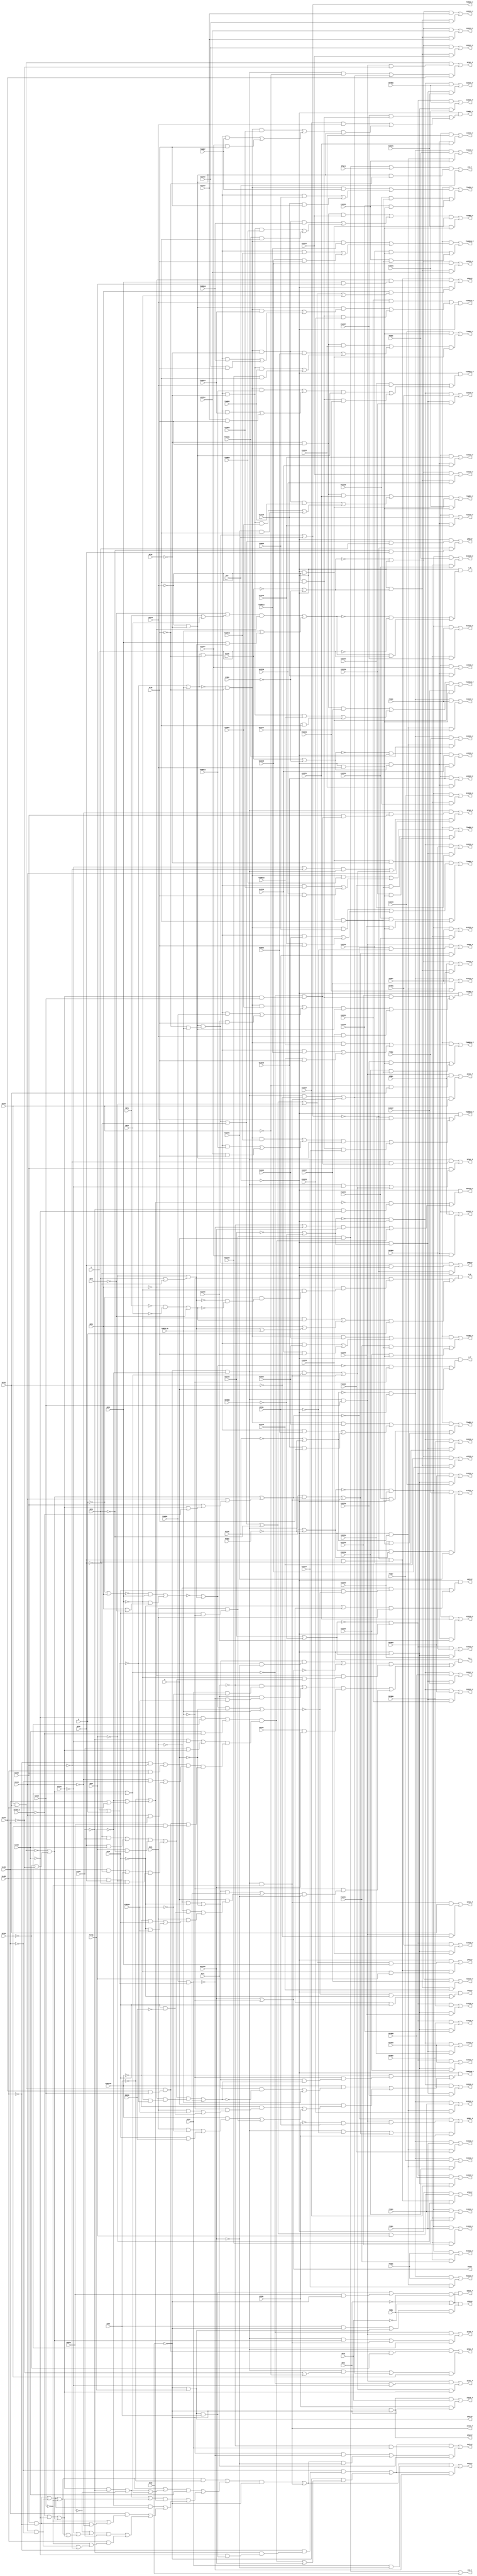
// IWLS benchmark module "apex6" printed on Wed May 29 16:03:29 2002
module apex6(PSRW, VFIN, PFIN, INFIN, VYBB0, VYBB1, VZZZE, PYBB0, PYBB1, PYBB2, PYBB3, PYBB4, PYBB5, PYBB6, PYBB7, PYBB8, PZZZE, INYBB0, INYBB1, INYBB2, INYBB3, INYBB4, INYBB5, INYBB6, INYBB7, INYBB8, INZZZE, MMERR, ESRSUM, CBT0, CBT1, CBT2, SLAD0, SLAD1, SLAD2, SLAD3, PSYNC, RPTEN, ICLR, STW_N, P1ZZZ0, P1ZZZ1, P1ZZZ2, P1ZZZ3, P1ZZZ4, P1ZZZ5, P1ZZZ6, P1ZZZ7, P2ZZZ0, P2ZZZ1, P2ZZZ2, P2ZZZ3, P2ZZZ4, P2ZZZ5, P2ZZZ6, P2ZZZ7, I1ZZZ0, I1ZZZ1, I1ZZZ2, I1ZZZ3, I1ZZZ4, I1ZZZ5, I1ZZZ6, I1ZZZ7, I2ZZZ0, I2ZZZ1, I2ZZZ2, I2ZZZ3, I2ZZZ4, I2ZZZ5, I2ZZZ6, I2ZZZ7, TXMESS_N, RYZ, COMPPAR, RPTWIN, XZFR0, XZFR1, XZFS, RXZ0, RXZ1, OFS2, OFS1, A, B, C, QPR0, QPR1, QPR2, QPR3, QPR4, AXZ0, AXZ1, V1ZZZ0, V1ZZZ1, V1ZZZ2, V1ZZZ3, V1ZZZ4, V1ZZZ5, V1ZZZ6, V1ZZZ7, V2ZZZ0, V2ZZZ1, V2ZZZ2, V2ZZZ3, V2ZZZ4, V2ZZZ5, V2ZZZ6, V2ZZZ7, TXWRD0, TXWRD1, TXWRD2, TXWRD3, TXWRD4, TXWRD5, TXWRD6, TXWRD7, TXWRD8, TXWRD9, TXWRD10, TXWRD11, TXWRD12, TXWRD13, TXWRD14, TXWRD15, XZ320, XZ321, XZ322, XZ323, XZ324, XZ160_N, XZ161, XZ162, XZ163, ENWIN, SBUFF, STW_F, TD_P, FSESR_P, P1ZZZ0_P, P1ZZZ1_P, P1ZZZ2_P, P1ZZZ3_P, P1ZZZ4_P, P1ZZZ5_P, P1ZZZ6_P, P1ZZZ7_P, P2ZZZ0_P, P2ZZZ1_P, P2ZZZ2_P, P2ZZZ3_P, P2ZZZ4_P, P2ZZZ5_P, P2ZZZ6_P, P2ZZZ7_P, I1ZZZ0_P, I1ZZZ1_P, I1ZZZ2_P, I1ZZZ3_P, I1ZZZ4_P, I1ZZZ5_P, I1ZZZ6_P, I1ZZZ7_P, I2ZZZ0_P, I2ZZZ1_P, I2ZZZ2_P, I2ZZZ3_P, I2ZZZ4_P, I2ZZZ5_P, I2ZZZ6_P, I2ZZZ7_P, TXMESS_F, RYZ_P, COMPPAR_P, RPTWIN_P, XZFR0_P, XZFR1_P, XZFS_P, RXZ0_P, RXZ1_P, OFS2_P, OFS1_P, A_P, B_P, C_P, QPR0_P, QPR1_P, QPR2_P, QPR3_P, QPR4_P, AXZ0_P, AXZ1_P, V1ZZZ0_P, V1ZZZ1_P, V1ZZZ2_P, V1ZZZ3_P, V1ZZZ4_P, V1ZZZ5_P, V1ZZZ6_P, V1ZZZ7_P, V2ZZZ0_P, V2ZZZ1_P, V2ZZZ2_P, V2ZZZ3_P, V2ZZZ4_P, V2ZZZ5_P, V2ZZZ6_P, V2ZZZ7_P, TXWRD0_P, TXWRD1_P, TXWRD2_P, TXWRD3_P, TXWRD4_P, TXWRD5_P, TXWRD6_P, TXWRD7_P, TXWRD8_P, TXWRD9_P, TXWRD10_P, TXWRD11_P, TXWRD12_P, TXWRD13_P, TXWRD14_P, TXWRD15_P, XZ320_P, XZ321_P, XZ322_P, XZ323_P, XZ324_P, XZ160_F, XZ161_P, XZ162_P, XZ163_P, ENWIN_P);
input
  A,
  B,
  C,
  STW_N,
  QPR0,
  QPR1,
  QPR2,
  QPR3,
  QPR4,
  ENWIN,
  INZZZE,
  XZFR0,
  XZFR1,
  VZZZE,
  RXZ0,
  RXZ1,
  INFIN,
  V2ZZZ0,
  V2ZZZ1,
  V2ZZZ2,
  V2ZZZ3,
  V2ZZZ4,
  V2ZZZ5,
  V2ZZZ6,
  V2ZZZ7,
  XZ161,
  XZ162,
  XZ163,
  I2ZZZ0,
  I2ZZZ1,
  I2ZZZ2,
  I2ZZZ3,
  I2ZZZ4,
  I2ZZZ5,
  I2ZZZ6,
  XZ160_N,
  I2ZZZ7,
  TXMESS_N,
  PZZZE,
  RYZ,
  AXZ0,
  AXZ1,
  COMPPAR,
  MMERR,
  V1ZZZ0,
  PSRW,
  V1ZZZ1,
  V1ZZZ2,
  V1ZZZ3,
  V1ZZZ4,
  V1ZZZ5,
  V1ZZZ6,
  V1ZZZ7,
  I1ZZZ0,
  I1ZZZ1,
  I1ZZZ2,
  I1ZZZ3,
  I1ZZZ4,
  I1ZZZ5,
  I1ZZZ6,
  I1ZZZ7,
  RPTEN,
  XZ320,
  XZ321,
  XZ322,
  XZ323,
  XZ324,
  CBT0,
  CBT1,
  CBT2,
  ESRSUM,
  SLAD0,
  SLAD1,
  SLAD2,
  SLAD3,
  XZFS,
  RPTWIN,
  PFIN,
  PSYNC,
  OFS1,
  OFS2,
  P2ZZZ0,
  P2ZZZ1,
  P2ZZZ2,
  P2ZZZ3,
  P2ZZZ4,
  TXWRD0,
  P2ZZZ5,
  TXWRD1,
  P2ZZZ6,
  TXWRD2,
  P2ZZZ7,
  TXWRD3,
  TXWRD4,
  TXWRD5,
  TXWRD6,
  TXWRD7,
  TXWRD8,
  TXWRD9,
  INYBB0,
  INYBB1,
  INYBB2,
  INYBB3,
  INYBB4,
  INYBB5,
  INYBB6,
  INYBB7,
  INYBB8,
  VYBB0,
  VYBB1,
  TXWRD10,
  TXWRD11,
  TXWRD12,
  TXWRD13,
  TXWRD14,
  TXWRD15,
  PYBB0,
  PYBB1,
  PYBB2,
  PYBB3,
  PYBB4,
  PYBB5,
  PYBB6,
  PYBB7,
  PYBB8,
  ICLR,
  P1ZZZ0,
  P1ZZZ1,
  P1ZZZ2,
  P1ZZZ3,
  P1ZZZ4,
  P1ZZZ5,
  P1ZZZ6,
  P1ZZZ7,
  VFIN;
output
  V2ZZZ2_P,
  QPR3_P,
  XZ323_P,
  P1ZZZ4_P,
  I1ZZZ3_P,
  TXWRD5_P,
  STW_F,
  TXWRD13_P,
  V1ZZZ4_P,
  P2ZZZ1_P,
  I2ZZZ2_P,
  TXWRD0_P,
  A_P,
  V2ZZZ1_P,
  TXWRD8_P,
  QPR4_P,
  XZ324_P,
  P1ZZZ3_P,
  I1ZZZ4_P,
  V1ZZZ3_P,
  COMPPAR_P,
  XZFS_P,
  P2ZZZ4_P,
  I2ZZZ3_P,
  XZ160_F,
  B_P,
  TXMESS_F,
  TXWRD7_P,
  P1ZZZ6_P,
  V2ZZZ4_P,
  I1ZZZ5_P,
  TXWRD15_P,
  V1ZZZ6_P,
  XZ161_P,
  RPTWIN_P,
  P2ZZZ3_P,
  AXZ0_P,
  I2ZZZ4_P,
  TXWRD2_P,
  C_P,
  P1ZZZ5_P,
  V2ZZZ3_P,
  I1ZZZ6_P,
  FSESR_P,
  V1ZZZ5_P,
  XZ162_P,
  TXWRD10_P,
  P1ZZZ0_P,
  OFS1_P,
  P2ZZZ6_P,
  AXZ1_P,
  I2ZZZ5_P,
  TXWRD1_P,
  I1ZZZ7_P,
  TXWRD9_P,
  ENWIN_P,
  V1ZZZ0_P,
  V2ZZZ6_P,
  XZ163_P,
  OFS2_P,
  P2ZZZ5_P,
  I1ZZZ0_P,
  I2ZZZ6_P,
  QPR0_P,
  XZ320_P,
  P1ZZZ7_P,
  TXWRD4_P,
  RXZ0_P,
  V2ZZZ5_P,
  SBUFF,
  V1ZZZ7_P,
  P2ZZZ0_P,
  TXWRD12_P,
  I2ZZZ7_P,
  P1ZZZ2_P,
  V2ZZZ0_P,
  I1ZZZ1_P,
  QPR1_P,
  XZ321_P,
  TXWRD3_P,
  RXZ1_P,
  V1ZZZ2_P,
  XZFR0_P,
  TD_P,
  I2ZZZ0_P,
  P2ZZZ7_P,
  TXWRD11_P,
  P1ZZZ1_P,
  I1ZZZ2_P,
  RYZ_P,
  QPR2_P,
  XZ322_P,
  V2ZZZ7_P,
  TXWRD6_P,
  V1ZZZ1_P,
  XZFR1_P,
  TXWRD14_P,
  P2ZZZ2_P,
  I2ZZZ1_P;
wire
  \[60] ,
  MIS16871,
  MIS16873,
  MIS16879,
  \[61] ,
  \[62] ,
  MIS16891,
  MIS16893,
  MIS16895,
  \[63] ,
  \[64] ,
  \[65] ,
  \[66] ,
  \[67] ,
  MIS16701,
  MIS16706,
  \[68] ,
  MIS11154,
  \[69] ,
  MIS16722,
  MIS16724,
  MIS16726,
  MIS16728,
  MIS16710,
  MIS16712,
  MIS16716,
  MIS16719,
  MIS16740,
  MIS16742,
  MIS16746,
  MIS16748,
  \[0] ,
  MIS16730,
  MIS16732,
  MIS16734,
  MIS16736,
  \[1] ,
  MIS16760,
  MIS16762,
  MIS16765,
  MIS16767,
  \[2] ,
  MIS16750,
  MIS8768,
  MIS16752,
  MIS16754,
  MIS16758,
  \[3] ,
  MIS8027,
  MIS16780,
  MIS16786,
  MIS16788,
  \[4] ,
  \[70] ,
  MIS16778,
  \[5] ,
  \[71] ,
  \[6] ,
  \[72] ,
  MIS16790,
  MIS16792,
  \[7] ,
  \[73] ,
  \[8] ,
  \[74] ,
  \[9] ,
  \[75] ,
  \[76] ,
  \[77] ,
  \[78] ,
  \[79] ,
  MIS12425,
  \[80] ,
  \[81] ,
  MIS9061,
  \[82] ,
  \[83] ,
  MIS15964,
  \[84] ,
  MIS9071,
  \[85] ,
  \[86] ,
  \[87] ,
  \[88] ,
  \[89] ,
  \[10] ,
  \[11] ,
  \[12] ,
  \[13] ,
  \[90] ,
  \[14] ,
  \[91] ,
  \[15] ,
  \[92] ,
  \[16] ,
  \[93] ,
  \[17] ,
  \[94] ,
  MIS9174,
  \[18] ,
  \[95] ,
  \[19] ,
  \[96] ,
  \[97] ,
  \[98] ,
  \[20] ,
  MIS15328,
  \[21] ,
  \[22] ,
  \[23] ,
  MIS15339,
  \[24] ,
  \[25] ,
  MIS9255,
  \[26] ,
  \[27] ,
  \[28] ,
  \[29] ,
  MIS11546,
  MIS11547,
  MIS11548,
  MIS11549,
  MIS11560,
  MIS11562,
  MIS11565,
  MIS11550,
  MIS11556,
  MIS11581,
  MIS11582,
  MIS11583,
  MIS11584,
  MIS11585,
  MIS11586,
  MIS11587,
  MIS11588,
  MIS11589,
  \[30] ,
  MIS11578,
  \[31] ,
  MIS7401,
  \[32] ,
  MIS11590,
  MIS11591,
  MIS11592,
  MIS11593,
  MIS11594,
  \[33] ,
  \[34] ,
  \[35] ,
  \[36] ,
  \[37] ,
  MIS16602,
  MIS16604,
  MIS16606,
  MIS16609,
  MIS15650,
  \[38] ,
  \[39] ,
  MIS16620,
  MIS16623,
  MIS16625,
  MIS16627,
  MIS16629,
  MIS16611,
  MIS16613,
  MIS16615,
  MIS16618,
  MIS16646,
  MIS16631,
  MIS16633,
  MIS16665,
  MIS16657,
  \[40] ,
  MIS16670,
  MIS16673,
  MIS16675,
  \[41] ,
  \[42] ,
  MIS16690,
  \[43] ,
  \[44] ,
  \[45] ,
  \[46] ,
  \[47] ,
  MIS7564,
  \[48] ,
  \[49] ,
  MIS16541,
  MIS16544,
  MIS16546,
  MIS16548,
  MIS16565,
  MIS16569,
  MIS16553,
  MIS16555,
  MIS16581,
  MIS16583,
  MIS16585,
  MIS16588,
  \[50] ,
  MIS16572,
  MIS16577,
  MIS16579,
  \[51] ,
  \[52] ,
  MIS16591,
  MIS16593,
  MIS16596,
  MIS16598,
  \[53] ,
  MIS15062,
  MIS8641,
  MIS15065,
  \[54] ,
  MIS15843,
  \[55] ,
  MIS15847,
  MIS15848,
  MIS15080,
  MIS15081,
  MIS15083,
  \[56] ,
  MIS16023,
  MIS16027,
  \[57] ,
  \[58] ,
  MIS15854,
  MIS15855,
  \[59] ,
  MIS10125,
  MIS16864,
  MIS16866,
  MIS16858,
  MIS16883,
  MIS16885,
  MIS10130,
  MIS16887,
  MIS16889;
assign
  \[60]  = (MIS11590 & V1ZZZ4) | (MIS11589 & V1ZZZ3),
  MIS16871 = (~XZ163 & ~SLAD3) | (XZ163 & SLAD3),
  MIS16873 = (~SLAD2 & ~XZ162) | (SLAD2 & XZ162),
  MIS16879 = (XZFS & ~ICLR) | \[46] ,
  \[61]  = (MIS11590 & V1ZZZ5) | (MIS11589 & V1ZZZ4),
  V2ZZZ2_P = \[67] ,
  \[62]  = (MIS11590 & V1ZZZ6) | (MIS11589 & V1ZZZ5),
  MIS16891 = INZZZE | ~INYBB0,
  MIS16893 = ~VZZZE | ~VYBB0,
  MIS16895 = ~CBT2 | (CBT1 | CBT0),
  \[63]  = (MIS11590 & V1ZZZ7) | (MIS11589 & V1ZZZ6),
  QPR3_P = \[53] ,
  XZ323_P = \[92] ,
  \[64]  = (MIS11590 & VYBB1) | (MIS11589 & V1ZZZ7),
  P1ZZZ4_P = \[8] ,
  \[65]  = (MIS11592 & V2ZZZ1) | (MIS11591 & V2ZZZ0),
  I1ZZZ3_P = \[23] ,
  \[66]  = (MIS11592 & V2ZZZ2) | (MIS11591 & V2ZZZ1),
  TXWRD5_P = \[78] ,
  \[67]  = (MIS11592 & V2ZZZ3) | (MIS11591 & V2ZZZ2),
  MIS16701 = (MIS7401 & (TXWRD0 & MIS9255)) | (A & MIS16716),
  MIS16706 = (MIS16710 & (~QPR4 & (~QPR3 & MIS16690))) | ((MIS16712 & (RPTEN & RPTWIN)) | (~TXMESS_N & (MIS16701 & ~RPTWIN))),
  \[68]  = (MIS11592 & V2ZZZ4) | (MIS11591 & V2ZZZ3),
  MIS11154 = (MIS16690 & (~QPR4 & (~QPR3 & ~MIS9255))) | (TXWRD0 & MIS9255),
  STW_F = \[1] ,
  TXWRD13_P = \[86] ,
  \[69]  = (MIS11592 & V2ZZZ5) | (MIS11591 & V2ZZZ4),
  MIS16722 = (~MIS15650 & (~SLAD1 & ~SLAD0)) | ((MIS16724 & RPTWIN) | MIS15847),
  MIS16724 = ~RXZ1 | ~RXZ0,
  MIS16726 = (MIS11549 & TXWRD4) | ((MIS11548 & TXWRD3) | (V1ZZZ3 & VFIN)),
  MIS16728 = (MIS11549 & TXWRD5) | ((MIS11548 & TXWRD4) | (V1ZZZ4 & VFIN)),
  MIS16710 = (MIS7401 & (~MIS9255 & ~RPTWIN)) | ~\[0] ,
  MIS16712 = (~RXZ1 & (RXZ0 & ~ESRSUM)) | (RXZ1 & (~RXZ0 & ESRSUM)),
  MIS16716 = (~AXZ1 & (AXZ0 & ~MMERR)) | (AXZ1 & MIS16719),
  V1ZZZ4_P = \[61] ,
  MIS16719 = (~COMPPAR & AXZ0) | (~AXZ0 & ESRSUM),
  MIS16740 = (MIS11560 & MIS16742) | MIS15339,
  MIS16742 = ~XZ323 | ~XZ322,
  MIS16746 = (~MIS16767 & QPR3) | (~QPR3 & MIS16750),
  P2ZZZ1_P = \[13] ,
  MIS16748 = (~MIS16765 & ~TXMESS_N) | A,
  \[0]  = RPTWIN | ~TXMESS_N,
  MIS16730 = (MIS11560 & ~XZ322) | MIS15339,
  MIS16732 = (MIS11549 & TXWRD6) | ((MIS11548 & TXWRD5) | (V1ZZZ5 & VFIN)),
  MIS16734 = (MIS11549 & TXWRD14) | ((MIS11548 & TXWRD13) | (V2ZZZ5 & VFIN)),
  MIS16736 = (MIS11549 & TXWRD15) | ((MIS11548 & TXWRD14) | (V2ZZZ6 & VFIN)),
  I2ZZZ2_P = \[30] ,
  \[1]  = (MIS16790 & (MIS11547 & ~VFIN)) | RYZ,
  MIS16760 = (~TXMESS_N & (~QPR4 & (~QPR3 & (~B & (~MIS8768 & ~MIS15328))))) | (MIS16758 & B),
  MIS16762 = (~MIS9174 & ~C) | (MIS9174 & C),
  MIS16765 = ~MIS16746 | MIS8768,
  MIS16767 = ~B | QPR4,
  \[2]  = ~RYZ & MIS16706,
  MIS16750 = QPR4 | ~CBT2,
  MIS8768 = ~QPR2 | (QPR1 | ~QPR0),
  MIS16752 = MIS15847 | RPTWIN,
  MIS16754 = (MIS11560 & MIS7564) | \[89] ,
  MIS16758 = (~QPR3 & MIS15328) | (QPR4 | (MIS8768 | TXMESS_N)),
  \[3]  = (\[45]  & OFS2) | (XZFR1 & ~ICLR),
  MIS8027 = MIS7564 | (XZ163 | (XZ162 | (XZ161 | ~XZ160_N))),
  MIS16780 = (~QPR0 & SLAD1) | (QPR0 & SLAD0),
  MIS16786 = (\[46]  & XZFS) | (ENWIN & ~ICLR),
  MIS16788 = ~OFS1 | ~OFS2,
  TXWRD0_P = \[73] ,
  \[4]  = (MIS11588 & PYBB1) | (MIS11587 & P1ZZZ0),
  \[70]  = (MIS11592 & V2ZZZ6) | (MIS11591 & V2ZZZ5),
  A_P = \[47] ,
  MIS16778 = (SLAD3 & ~QPR0) | (SLAD2 & QPR0),
  \[5]  = (MIS11588 & PYBB2) | (MIS11587 & P1ZZZ1),
  \[71]  = (MIS11592 & V2ZZZ7) | (MIS11591 & V2ZZZ6),
  V2ZZZ1_P = \[66] ,
  \[6]  = (MIS11588 & PYBB3) | (MIS11587 & P1ZZZ2),
  \[72]  = (MIS11592 & VYBB1) | (MIS11591 & V2ZZZ7),
  MIS16790 = (MIS11556 & A) | STW_N,
  MIS16792 = ~MIS9255 | TXMESS_N,
  \[7]  = (MIS11588 & PYBB4) | (MIS11587 & P1ZZZ3),
  \[73]  = ~RYZ & MIS16591,
  TXWRD8_P = \[81] ,
  QPR4_P = \[54] ,
  XZ324_P = \[93] ,
  \[8]  = (MIS11588 & PYBB5) | (MIS11587 & P1ZZZ4),
  \[74]  = (MIS16606 & MIS11593) | (I1ZZZ1 & MIS11594),
  P1ZZZ3_P = \[7] ,
  \[9]  = (MIS11588 & PYBB6) | (MIS11587 & P1ZZZ5),
  \[75]  = (I1ZZZ2 & MIS11594) | (MIS16585 & MIS11593),
  I1ZZZ4_P = \[24] ,
  \[76]  = (MIS15080 & MIS16726) | ((P1ZZZ3 & MIS15081) | (I1ZZZ3 & MIS11594)),
  \[77]  = (MIS15080 & MIS16728) | ((P1ZZZ4 & MIS15081) | (I1ZZZ4 & MIS11594)),
  \[78]  = (MIS15080 & MIS16732) | ((P1ZZZ5 & MIS15081) | (I1ZZZ5 & MIS11594)),
  \[79]  = (MIS15080 & MIS16633) | ((P1ZZZ6 & MIS15081) | (I1ZZZ6 & MIS11594)),
  MIS12425 = MIS16673 | ~XZ320,
  V1ZZZ3_P = \[60] ,
  COMPPAR_P = \[38] ,
  XZFS_P = \[42] ,
  P2ZZZ4_P = \[16] ,
  I2ZZZ3_P = \[31] ,
  \[80]  = ~RYZ & MIS16618,
  XZ160_F = \[94] ,
  B_P = \[48] ,
  TXMESS_F = \[36] ,
  \[81]  = (MIS15080 & MIS16631) | ((P2ZZZ0 & MIS15081) | (I2ZZZ0 & MIS11594)),
  MIS9061 = (MIS16765 & ~A) | TXMESS_N,
  \[82]  = (MIS16627 & MIS11593) | (I2ZZZ1 & MIS11594),
  \[83]  = MIS16609 & ~RYZ,
  TXWRD7_P = \[80] ,
  MIS15964 = (MIS12425 & ~XZFS) | ((MIS16657 & SLAD0) | ((MIS16675 & MIS15650) | ((~PSYNC & MIS16673) | ((SLAD3 & MIS16665) | ((MIS16646 & SLAD1) | (SLAD2 & MIS16670)))))),
  \[84]  = ~RYZ & MIS16596,
  MIS9071 = (MIS11560 & MIS10125) | \[89] ,
  P1ZZZ6_P = \[10] ,
  V2ZZZ4_P = \[69] ,
  \[85]  = ~RYZ & MIS16623,
  I1ZZZ5_P = \[25] ,
  \[86]  = (MIS15080 & MIS16734) | ((I2ZZZ5 & MIS11594) | (P2ZZZ5 & MIS15081)),
  \[87]  = (MIS15080 & MIS16736) | ((I2ZZZ6 & MIS11594) | (P2ZZZ6 & MIS15081)),
  \[88]  = (MIS16583 & MIS11593) | (I2ZZZ7 & MIS11594),
  TXWRD15_P = \[88] ,
  \[89]  = MIS11560 & ~XZ320,
  V1ZZZ6_P = \[63] ,
  XZ161_P = \[95] ,
  RPTWIN_P = \[39] ,
  \[10]  = (MIS11588 & PYBB7) | (MIS11587 & P1ZZZ6),
  \[11]  = (MIS11588 & PYBB8) | (MIS11587 & P1ZZZ7),
  P2ZZZ3_P = \[15] ,
  \[12]  = (MIS11586 & PYBB1) | (MIS11585 & P2ZZZ0),
  AXZ0_P = \[55] ,
  I2ZZZ4_P = \[32] ,
  \[13]  = (MIS11586 & PYBB2) | (MIS11585 & P2ZZZ1),
  TXWRD2_P = \[75] ,
  \[90]  = (\[89]  & XZ321) | (MIS15083 & ~XZ321),
  C_P = \[49] ,
  \[14]  = (MIS11586 & PYBB3) | (MIS11585 & P2ZZZ2),
  \[91]  = (MIS15083 & (~XZ322 & XZ321)) | (MIS15339 & XZ322),
  \[15]  = (MIS11586 & PYBB4) | (MIS11585 & P2ZZZ3),
  \[92]  = (MIS11578 & (MIS15083 & ~XZ323)) | (MIS16730 & XZ323),
  \[16]  = (MIS11586 & PYBB5) | (MIS11585 & P2ZZZ4),
  \[93]  = (MIS11560 & (MIS11550 & ~XZ324)) | (MIS16740 & XZ324),
  \[17]  = (MIS11586 & PYBB6) | (MIS11585 & P2ZZZ5),
  \[94]  = (~MIS10125 & MIS15083) | (MIS16754 & XZ160_N),
  MIS9174 = (MIS16895 & ~QPR4) | (TXMESS_N | (QPR3 | MIS8768)),
  P1ZZZ5_P = \[9] ,
  V2ZZZ3_P = \[68] ,
  \[18]  = (MIS11586 & PYBB7) | (MIS11585 & P2ZZZ6),
  \[95]  = (MIS15083 & (~MIS10125 & ~XZ161)) | (MIS9071 & XZ161),
  I1ZZZ6_P = \[26] ,
  \[19]  = (MIS11586 & PYBB8) | (MIS11585 & P2ZZZ7),
  \[96]  = (MIS11560 & (~XZ162 & MIS15848)) | (XZ162 & MIS16588),
  \[97]  = (MIS11560 & (~XZ163 & (XZ162 & MIS15848))) | (MIS16602 & XZ163),
  FSESR_P = \[3] ,
  \[98]  = MIS16788 & (MIS16786 & PSRW),
  V1ZZZ5_P = \[62] ,
  XZ162_P = \[96] ,
  TXWRD10_P = \[83] ,
  \[20]  = (MIS11582 & INYBB1) | (MIS11581 & I1ZZZ0),
  MIS15328 = (~CBT1 & ~CBT0) | ~CBT2,
  \[21]  = (MIS11582 & INYBB2) | (MIS11581 & I1ZZZ1),
  P1ZZZ0_P = \[4] ,
  OFS1_P = \[46] ,
  P2ZZZ6_P = \[18] ,
  \[22]  = (MIS11582 & INYBB3) | (MIS11581 & I1ZZZ2),
  AXZ1_P = \[56] ,
  I2ZZZ5_P = \[33] ,
  \[23]  = (MIS11582 & INYBB4) | (MIS11581 & I1ZZZ3),
  TXWRD1_P = \[74] ,
  MIS15339 = (MIS11560 & ~XZ321) | \[89] ,
  \[24]  = (MIS11582 & INYBB5) | (MIS11581 & I1ZZZ4),
  \[25]  = (MIS11582 & INYBB6) | (MIS11581 & I1ZZZ5),
  MIS9255 = C | B,
  I1ZZZ7_P = \[27] ,
  \[26]  = (MIS11582 & INYBB7) | (MIS11581 & I1ZZZ6),
  TXWRD9_P = \[82] ,
  ENWIN_P = \[98] ,
  \[27]  = (MIS11582 & INYBB8) | (MIS11581 & I1ZZZ7),
  V1ZZZ0_P = \[57] ,
  V2ZZZ6_P = \[71] ,
  \[28]  = (MIS11584 & INYBB1) | (MIS11583 & I2ZZZ0),
  \[29]  = (MIS11584 & INYBB2) | (MIS11583 & I2ZZZ1),
  MIS11546 = ~INFIN & PFIN,
  MIS11547 = ~INFIN & ~PFIN,
  MIS11548 = MIS16792 & ~VFIN,
  MIS11549 = ~MIS16792 & ~VFIN,
  MIS11560 = ~ICLR & ~PSYNC,
  MIS11562 = ~PFIN & VFIN,
  MIS11565 = MIS11547 & (~VFIN & TXMESS_N),
  XZ163_P = \[97] ,
  MIS11550 = MIS11578 & (XZ323 & XZ320),
  MIS11556 = AXZ1 & (AXZ0 & ~TXMESS_N),
  MIS11581 = ~RYZ & MIS16891,
  MIS11582 = ~MIS16891 & ~RYZ,
  MIS11583 = ~RYZ & MIS16887,
  MIS11584 = ~MIS16887 & ~RYZ,
  MIS11585 = ~RYZ & MIS16885,
  MIS11586 = ~MIS16885 & ~RYZ,
  MIS11587 = ~RYZ & MIS16883,
  MIS11588 = ~MIS16883 & ~RYZ,
  MIS11589 = ~RYZ & MIS16889,
  \[30]  = (MIS11584 & INYBB3) | (MIS11583 & I2ZZZ2),
  MIS11578 = XZ322 & XZ321,
  \[31]  = (MIS11584 & INYBB4) | (MIS11583 & I2ZZZ3),
  MIS7401 = (~AXZ1 & ~AXZ0) | ~A,
  OFS2_P = \[45] ,
  P2ZZZ5_P = \[17] ,
  \[32]  = (MIS11584 & INYBB5) | (MIS11583 & I2ZZZ4),
  MIS11590 = ~MIS16889 & ~RYZ,
  MIS11591 = ~RYZ & MIS16893,
  I1ZZZ0_P = \[20] ,
  MIS11592 = ~MIS16893 & ~RYZ,
  MIS11593 = ~RYZ & ~INFIN,
  MIS11594 = ~RYZ & INFIN,
  I2ZZZ6_P = \[34] ,
  \[33]  = (MIS11584 & INYBB6) | (MIS11583 & I2ZZZ5),
  QPR0_P = \[50] ,
  XZ320_P = \[89] ,
  \[34]  = (MIS11584 & INYBB7) | (MIS11583 & I2ZZZ6),
  P1ZZZ7_P = \[11] ,
  \[35]  = (MIS11584 & INYBB8) | (MIS11583 & I2ZZZ7),
  \[36]  = MIS11565 | RYZ,
  TXWRD4_P = \[77] ,
  RXZ0_P = \[43] ,
  \[37]  = (MIS11556 & A) | ICLR,
  MIS16602 = (MIS16604 & MIS11560) | MIS9071,
  MIS16604 = ~XZ161 | ~XZ162,
  MIS16606 = (MIS11562 & V1ZZZ1) | ((MIS15065 & TXWRD2) | ((MIS15062 & TXWRD1) | (P1ZZZ1 & PFIN))),
  MIS16609 = (I2ZZZ2 & INFIN) | ((MIS11547 & MIS16611) | (MIS11546 & P2ZZZ2)),
  MIS15650 = ~XZFS | (~PSYNC | (SLAD3 | SLAD2)),
  V2ZZZ5_P = \[70] ,
  \[38]  = ~RYZ & MIS16569,
  \[39]  = ~RYZ & MIS16722,
  MIS16620 = (MIS11549 & TXWRD8) | ((MIS11548 & TXWRD7) | (V1ZZZ7 & VFIN)),
  MIS16623 = (I2ZZZ4 & INFIN) | ((MIS16625 & MIS11547) | (MIS11546 & P2ZZZ4)),
  MIS16625 = (MIS11549 & TXWRD13) | ((MIS11548 & TXWRD12) | (V2ZZZ4 & VFIN)),
  SBUFF = \[0] ,
  MIS16627 = (MIS11562 & V2ZZZ1) | ((MIS15065 & TXWRD10) | ((MIS15062 & TXWRD9) | (P2ZZZ1 & PFIN))),
  MIS16629 = MIS11565 | ~QPR0,
  MIS16611 = (MIS11549 & TXWRD11) | ((MIS11548 & TXWRD10) | (V2ZZZ2 & VFIN)),
  MIS16613 = (MIS11560 & ~XZFR0) | MIS10130,
  MIS16615 = (~MIS9061 & ~AXZ0) | (MIS9061 & AXZ0),
  V1ZZZ7_P = \[64] ,
  MIS16618 = (P1ZZZ7 & MIS11546) | ((I1ZZZ7 & INFIN) | (MIS16620 & MIS11547)),
  MIS16646 = ~ENWIN | (~XZ161 | (MIS12425 | MIS16023)),
  P2ZZZ0_P = \[12] ,
  MIS16631 = (MIS11549 & TXWRD9) | ((MIS11548 & TXWRD8) | (V2ZZZ0 & VFIN)),
  MIS16633 = (MIS11549 & TXWRD7) | ((MIS11548 & TXWRD6) | (V1ZZZ6 & VFIN)),
  MIS16665 = ~XZ320 | (MIS15855 | ~XZ163),
  MIS16657 = MIS12425 | (MIS16027 | MIS10125),
  TXWRD12_P = \[85] ,
  I2ZZZ7_P = \[35] ,
  \[40]  = (MIS15083 & (~MIS8027 & ~XZFR0)) | (MIS10130 & XZFR0),
  MIS16670 = ~XZ320 | (MIS15854 | ~XZ162),
  MIS16673 = MIS15855 | MIS15854,
  MIS16675 = MIS16027 | MIS16023,
  \[41]  = (~MIS8027 & (MIS15083 & (~XZFR1 & XZFR0))) | (MIS16613 & XZFR1),
  P1ZZZ2_P = \[6] ,
  V2ZZZ0_P = \[65] ,
  \[42]  = MIS16788 & (MIS16879 & PSRW),
  MIS16690 = (MIS16780 & (QPR2 & ~QPR1)) | (MIS16778 & (~QPR2 & QPR1)),
  I1ZZZ1_P = \[21] ,
  \[43]  = (MIS16544 & (RXZ0 & ~RPTWIN)) | (MIS8641 & ~RXZ0),
  QPR1_P = \[51] ,
  XZ321_P = \[90] ,
  \[44]  = (MIS8641 & (~RXZ1 & RXZ0)) | (MIS16541 & RXZ1),
  \[45]  = OFS1 & ~ICLR,
  \[46]  = ~ICLR & PSYNC,
  TXWRD3_P = \[76] ,
  RXZ1_P = \[44] ,
  \[47]  = ~RYZ & MIS16748,
  V1ZZZ2_P = \[59] ,
  MIS7564 = ~MIS11578 | (~XZ324 | ~XZ323),
  XZFR0_P = \[40] ,
  TD_P = \[2] ,
  \[48]  = ~RYZ & MIS16760,
  \[49]  = ~RYZ & MIS16762,
  MIS16541 = (~ICLR & ~RXZ0) | (MIS16544 & ~RPTWIN),
  MIS16544 = (MIS15964 & ~ICLR) | \[89] ,
  MIS16546 = MIS16548 | ~QPR3,
  MIS16548 = MIS16581 | ~QPR2,
  I2ZZZ0_P = \[28] ,
  MIS16565 = (~COMPPAR & (~TXMESS_N & MIS16577)) | ((COMPPAR & MIS16579) | MIS11556),
  MIS16569 = (~COMPPAR & (~TXMESS_N & (MIS7401 & MIS11154))) | ((COMPPAR & MIS16572) | (A & MIS16565)),
  MIS16553 = (~AXZ1 & (AXZ0 & ~MIS9061)) | (MIS16555 & AXZ1),
  MIS16555 = ~AXZ0 | MIS9061,
  P2ZZZ7_P = \[19] ,
  TXWRD11_P = \[84] ,
  MIS16581 = MIS16629 | ~QPR1,
  MIS16583 = (MIS11562 & V2ZZZ7) | ((MIS15062 & TXWRD15) | (P2ZZZ7 & PFIN)),
  MIS16585 = (MIS11562 & V1ZZZ2) | ((MIS15065 & TXWRD3) | ((MIS15062 & TXWRD2) | (P1ZZZ2 & PFIN))),
  MIS16588 = (MIS11560 & ~XZ161) | MIS9071,
  \[50]  = (MIS11565 & (QPR0 & ~RYZ)) | (~\[36]  & ~QPR0),
  MIS16572 = (MIS7401 & ~MIS11154) | TXMESS_N,
  MIS16577 = (AXZ1 & ESRSUM) | (AXZ0 & ~MMERR),
  MIS16579 = (AXZ1 & ~ESRSUM) | (AXZ0 & MMERR),
  \[51]  = (~RYZ & (MIS16629 & QPR1)) | (~\[36]  & (~QPR1 & QPR0)),
  P1ZZZ1_P = \[5] ,
  \[52]  = (~RYZ & (MIS16581 & QPR2)) | (MIS15843 & ~QPR2),
  MIS16591 = (P1ZZZ0 & MIS11546) | ((MIS16593 & MIS11547) | (I1ZZZ0 & INFIN)),
  MIS16593 = (MIS11549 & TXWRD1) | ((MIS11548 & TXWRD0) | (V1ZZZ0 & VFIN)),
  I1ZZZ2_P = \[22] ,
  MIS16596 = (I2ZZZ3 & INFIN) | ((MIS16598 & MIS11547) | (MIS11546 & P2ZZZ3)),
  MIS16598 = (MIS11549 & TXWRD12) | ((MIS11548 & TXWRD11) | (V2ZZZ3 & VFIN)),
  RYZ_P = \[37] ,
  \[53]  = (~RYZ & (MIS16548 & QPR3)) | (MIS15843 & (~QPR3 & QPR2)),
  QPR2_P = \[52] ,
  XZ322_P = \[91] ,
  MIS15062 = MIS11548 & ~PFIN,
  MIS8641 = (~SLAD3 & (~SLAD2 & (~SLAD1 & (~SLAD0 & (XZFS & \[46] ))))) | (~ICLR & MIS16752),
  MIS15065 = MIS11549 & ~PFIN,
  \[54]  = (MIS15843 & (~QPR4 & (QPR3 & QPR2))) | (~RYZ & (QPR4 & MIS16546)),
  V2ZZZ7_P = \[72] ,
  MIS15843 = ~\[36]  & (QPR0 & QPR1),
  \[55]  = ~RYZ & MIS16615,
  MIS15847 = MIS16866 & (MIS16864 & (MIS16858 & (MIS11550 & (ENWIN & XZ324)))),
  MIS15848 = ~MIS10125 & (XZ161 & XZ320),
  MIS15080 = MIS11593 & ~PFIN,
  MIS15081 = MIS11593 & PFIN,
  MIS15083 = MIS11560 & XZ320,
  \[56]  = ~RYZ & MIS16553,
  MIS16023 = (~XZ160_N & ~SLAD0) | MIS7564,
  TXWRD6_P = \[79] ,
  MIS16027 = (XZ161 & ~SLAD1) | ~ENWIN,
  \[57]  = (MIS11590 & V1ZZZ1) | (MIS11589 & V1ZZZ0),
  V1ZZZ1_P = \[58] ,
  XZFR1_P = \[41] ,
  \[58]  = (MIS11590 & V1ZZZ2) | (MIS11589 & V1ZZZ1),
  MIS15854 = XZ163 & ~SLAD3,
  MIS15855 = XZ162 & ~SLAD2,
  TXWRD14_P = \[87] ,
  \[59]  = (MIS11590 & V1ZZZ3) | (MIS11589 & V1ZZZ2),
  P2ZZZ2_P = \[14] ,
  I2ZZZ1_P = \[29] ,
  MIS10125 = MIS7564 | XZ160_N,
  MIS16864 = (~SLAD1 & ~XZ161) | (SLAD1 & XZ161),
  MIS16866 = (~SLAD0 & XZ160_N) | (SLAD0 & ~XZ160_N),
  MIS16858 = MIS16873 & MIS16871,
  MIS16883 = PZZZE | ~PYBB0,
  MIS16885 = ~PZZZE | ~PYBB0,
  MIS10130 = (MIS11560 & MIS8027) | \[89] ,
  MIS16887 = ~INZZZE | ~INYBB0,
  MIS16889 = VZZZE | ~VYBB0;
endmodule